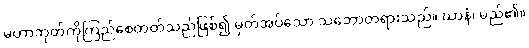
မဟာဘုတ်ကိုကြည်စေတတ်သည်ဖြစ်၍ မှတ်အပ်သော သဘောတရားသည်။ ဃာနံ၊ မည်၏။